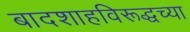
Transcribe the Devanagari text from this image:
बादशाहविरूद्धच्या